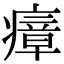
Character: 瘴